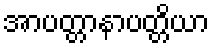
အာပတ္တာနာပတ္တိယာ